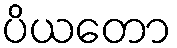
ပိယတော